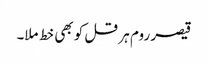
قیصر روم ہر قل کو بھی خط ملا۔